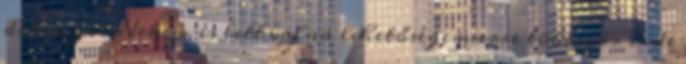
dolgozni.Nekem is lett volna lehetőségem erre többször is de